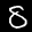
Label: 8